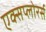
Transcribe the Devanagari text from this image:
एक्सप्लोरर्स